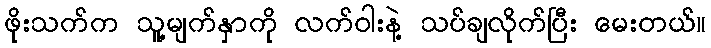
ဖိုးသက်က သူ့မျက်နှာကို လက်ဝါးနဲ့ သပ်ချလိုက်ပြီး မေးတယ်။